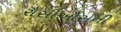
રૌસીઔસની